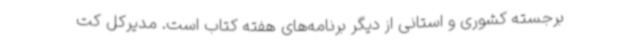
برجسته کشوری و استانی از دیگر برنامه‌های هفته کتاب است. مدیرکل کت